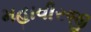
મહાવીરજી